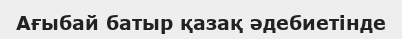
Ағыбай батыр қазақ әдебиетінде